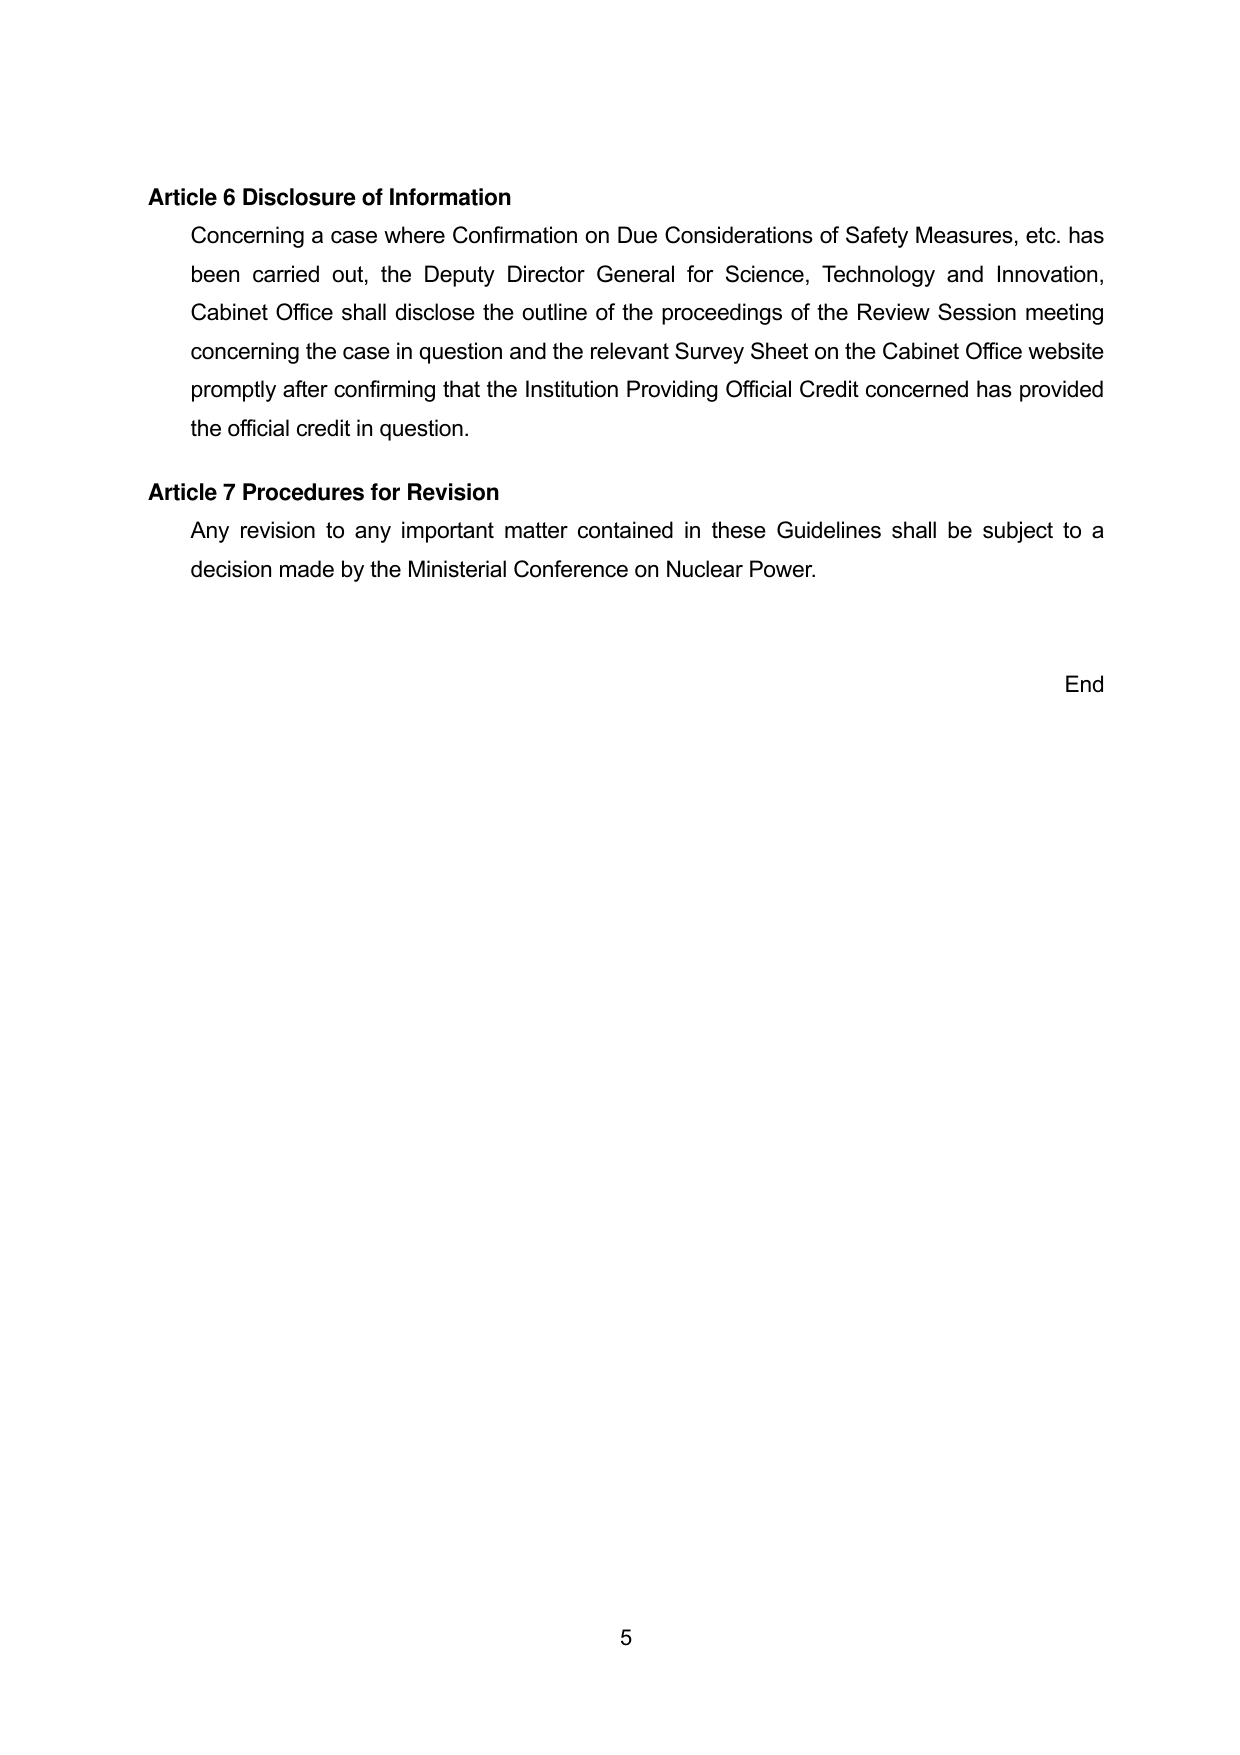
Article 6 Disclosure of Information
Concerning a case where Confirmation on Due Considerations of Safety Measures, etc. has been carried out, the Deputy Director General for Science, Technology and Innovation, Cabinet Office shall disclose the outline of the proceedings of the Review Session meeting concerning the case in question and the relevant Survey Sheet on the Cabinet Office website promptly after confirming that the Institution Providing Official Credit concerned has provided the official credit in question.

Article 7 Procedures for Revision
Any revision to any important matter contained in these Guidelines shall be subject to a decision made by the Ministerial Conference on Nuclear Power.

End

5